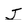
Character: J